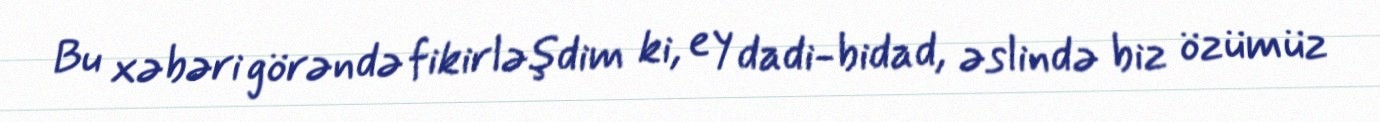
Bu xəbəri görəndə fikirləşdim ki, ey dadi-bidad, əslində biz özümüz